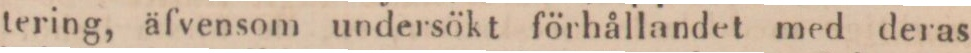
tering, äfvensom undersökt förhållandet med deras